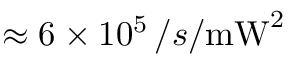
\approx 6 \times 1 0 ^ { 5 } \, / s / \mathrm { m W } ^ { 2 }